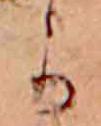
か